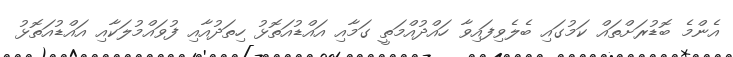
އެންމެ ބޮޑުރަށްތައް ކަމުގައި ބެލެވިފައިވާ ހައްދުއްމަތީ ގަމާއި އައްޑުއަތޮޅު ހިތަދުއާއި ފުވައްމުލަކާއި އައްޑުއަތޮޅު